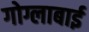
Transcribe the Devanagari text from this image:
गोग्लाबाई